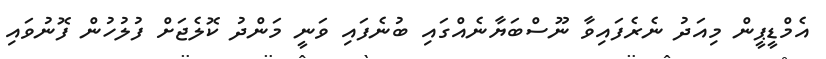
އެމްޑީޕީން މިއަދު ނެރެފައިވާ ނޫސްބަޔާނެއްގައި ބުނެފައި ވަނީ މަންދު ކޮލެޖަށް ފުލުހުން ފޮނުވައި